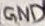
Text: GND